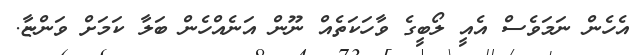
އެހެން ނަމަވެސް އެއީ ލޯބީގެ ވާހަކަތެއް ނޫން އަނެއްހެން ބަލާ ކަމަށް ވަންޏާ.